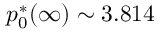
p _ { 0 } ^ { * } ( \infty ) \sim 3 . 8 1 4